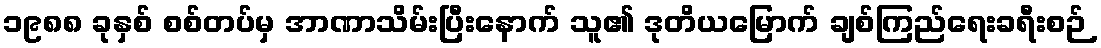
၁၉၈၈ ခုနှစ် စစ်တပ်မှ အာဏာသိမ်းပြီးနောက် သူ၏ ဒုတိယမြောက် ချစ်ကြည်ရေးခရီးစဉ်